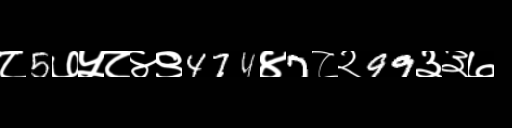
Text: ८5७५८४९474४7८२99३३७